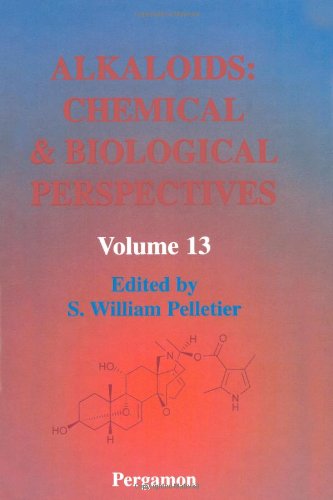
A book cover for Alkaloids: Chemical and Biological Perspectives, Volume 13, Volume 13; Science & Math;